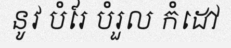
នូវ បំរែ បំរួល កំដៅ